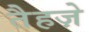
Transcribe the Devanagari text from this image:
तैहज़े